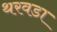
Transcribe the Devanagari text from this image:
थरवडा